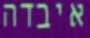
איבדה